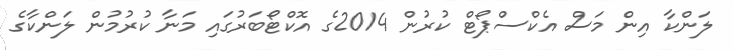
ލަންކާ އިން މަސް އެކްސްޕޯޓް ކުރުން 2014ގެ އޮކްޓޯބަރުގައި މަނާ ކުރުމުން ލަންކާގެ